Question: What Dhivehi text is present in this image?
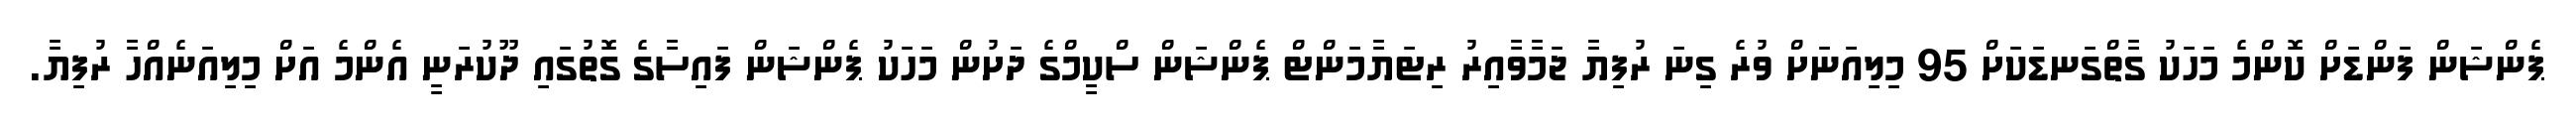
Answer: ޕެންޝަން ފަންޑަށް ކޮންމެ މަހަކު ގާތްގަނޑަކަށް 95 މިލިއަނަށް ވުރެ ގިނަ ރުފިޔާ ޖަމާވާއިރު ރިޓަޔާމަންޓް ޕެންޝަން ސްކީމްގެ ދަށުން މަހަކު ޕެންޝަން ފައިސާގެ ގޮތުގައި ދޫކުރަނީ އެންމެ އަށް މިލިއަނެއްހާ ރުފިޔާ.